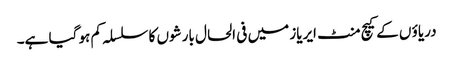
دریاؤ ں کے کیچ منٹ ایریاز میں فی الحال بارشوں کا سلسلہ کم ہو گیا ہے۔